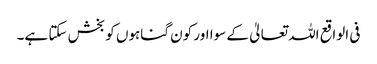
فی الواقع اللہ تعالیٰ کے سوا اور کون گناہوں کو بخش سکتا ہے۔